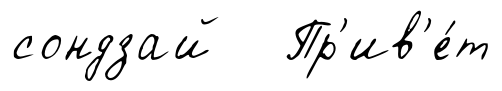
сондзай Пр'ив'е́т